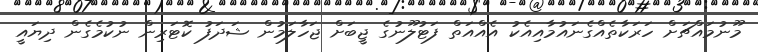
މޫނުމައްޗަށް ހަރަކާތެއްގެނައުމާއިއެކު އެއްއަތް ފަޓުލޫނުގެ ޖީބަށް ޖަހާލަމުން ޝަދަފު ކޮޓަރިން ނުކުމެގެން ދިޔައީ